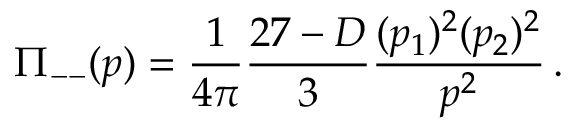
\displaystyle { \Pi _ { -- } ( p ) } = \displaystyle { \frac { 1 } { 4 \pi } \frac { 2 7 - D } { 3 } \frac { ( p _ { 1 } ) ^ { 2 } ( p _ { 2 } ) ^ { 2 } } { p ^ { 2 } } \, . }